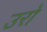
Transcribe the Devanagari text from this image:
उरो